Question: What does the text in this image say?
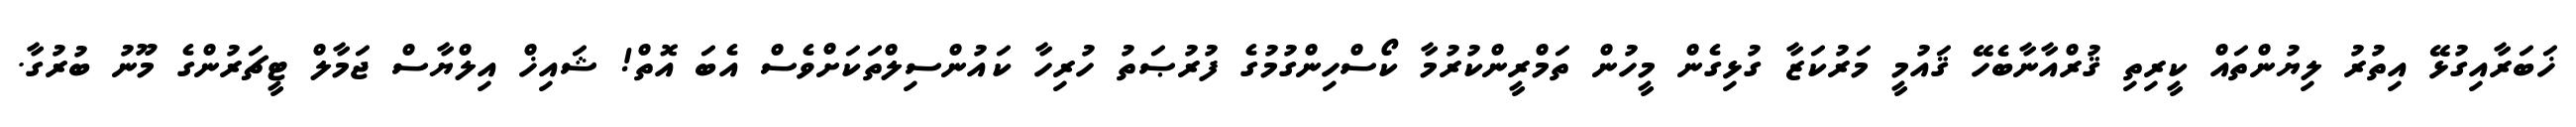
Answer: ޚަބަރާއިގުޅޭ އިތުރު ލިޔުންތައް ކީރިތި ޤުރްއާނާބެހޭ ޤައުމީ މަރުކަޒާ ގުޅިގެން މީހުން ތަމްރީންކުރުމާ ކޯސްހިންގުމުގެ ފުރުޞަތު ހުރިހާ ކައުންސިލްތަކަށްވެސް އެބަ އޮތް! ޝައިޚް އިލްޔާސް ޖަމާލް ޓީޗަރުންގެ މޫނު ބުރުގާ.